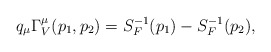
\begin{align*}q_\mu \Gamma _V^\mu (p_1,p_2)=S_F^{-1}(p_1)-S_F^{-1}(p_2),\end{align*}